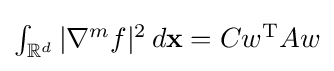
{\textstyle \int _{{\mathcal {\mathbb {R} }}^{d}}|\nabla ^{m}f|^{2}\,d\mathbf {x} =Cw^{\textrm {T}}Aw}